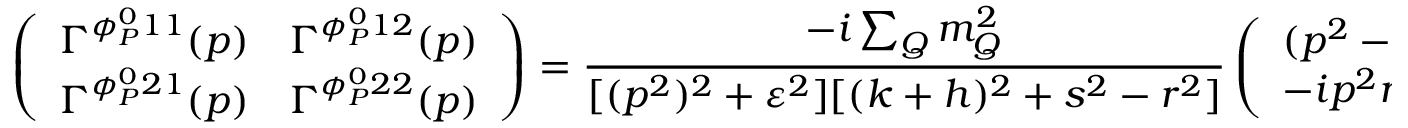
\left( \begin{array} { l l } { { \Gamma ^ { \phi _ { P } ^ { 0 } 1 1 } ( p ) } } & { { \Gamma ^ { \phi _ { P } ^ { 0 } 1 2 } ( p ) } } \\ { { \Gamma ^ { \phi _ { P } ^ { 0 } 2 1 } ( p ) } } & { { \Gamma ^ { \phi _ { P } ^ { 0 } 2 2 } ( p ) } } \end{array} \right) = \frac { - i \sum _ { Q } m _ { Q } ^ { 2 } } { [ ( p ^ { 2 } ) ^ { 2 } + \varepsilon ^ { 2 } ] [ ( k + h ) ^ { 2 } + s ^ { 2 } - r ^ { 2 } ] } \left( \begin{array} { l l } { { ( p ^ { 2 } - i \varepsilon ) ( k + h + i s ) } } & { { - i p ^ { 2 } r } } \\ { { - i p ^ { 2 } r } } & { { - ( p ^ { 2 } + i \varepsilon ) ( k + h - i s ) } } \end{array} \right)